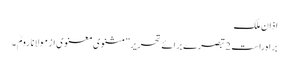
اذان ملک
براہ راست 2 تبصرے برائے تحریر ”مثنوی معنوی از مولانا رومؒ ۔